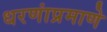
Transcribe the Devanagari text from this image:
धरणांप्रमाणे